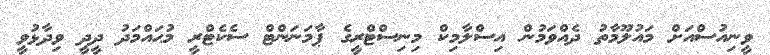
ވީނިއުސްއަށް މައުލޫމާތު ދެއްވަމުން އިސްލާމިކް މިނިސްޓްރީގެ ޕާމަނަންޓް ސެކެޓްރީ މުޙައްމަދު ދީދީ ވިދާޅުވީ